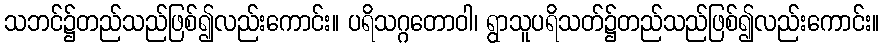
သဘင်၌တည်သည်ဖြစ်၍လည်းကောင်း။ ပရိသဂ္ဂတောဝါ၊ ရွာသူပရိသတ်၌တည်သည်ဖြစ်၍လည်းကောင်း။